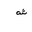
Letter: _shin